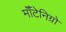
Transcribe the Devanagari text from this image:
मॉँटेनिग्रो